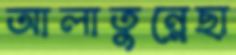
আলাতুন্নেছা